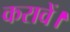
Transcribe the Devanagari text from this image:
करावें।